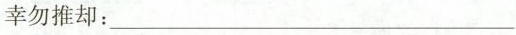
幸勿推却：___